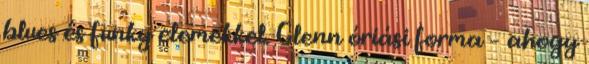
blues és funky elemekkel. Glenn óriási forma – ahogy